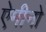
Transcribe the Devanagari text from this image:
ऐमीनो